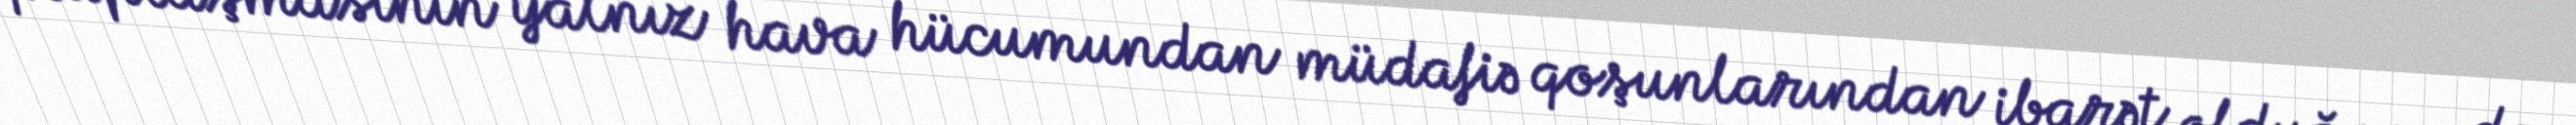
qruplaşmasının yalnız hava hücumundan müdafiə qoşunlarından ibarət olduğunu da